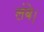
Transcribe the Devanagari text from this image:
लंबे।